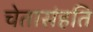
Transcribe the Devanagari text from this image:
चेतासंहति